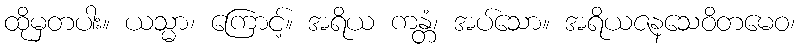
ထိုမှတပါး။ ယသ္မာ၊ ကြောင့်။ အရိယ ကန္တံ၊ အပ်သော။ အရိယဇနသေဝိတမေဝ၊